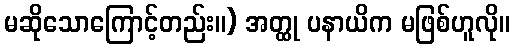
မဆိုသောကြောင့်တည်း။) အတ္ထု ပနာယိက မဖြစ်ဟူလို။